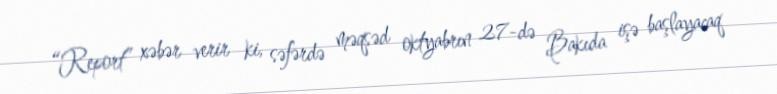
“Report” xəbər verir ki, səfərdə məqsəd oktyabrın 27-də Bakıda işə başlayacaq